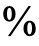
%